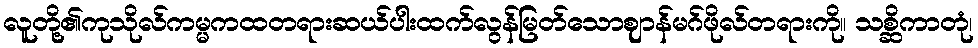
လူတို့၏ကုသိုလ်ကမ္မကထတရားဆယ်ပါးထက်လွန်မြတ်သောဈာန်မဂ်ဖိုလ်တရားကို။ သစ္ဆိကာတုံ၊